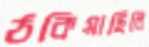
ঠকিয়াছিলি